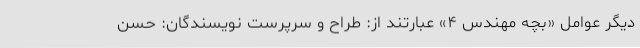
دیگر عوامل «بچه مهندس ۴» عبارتند از: طراح و سرپرست نویسندگان: حسن